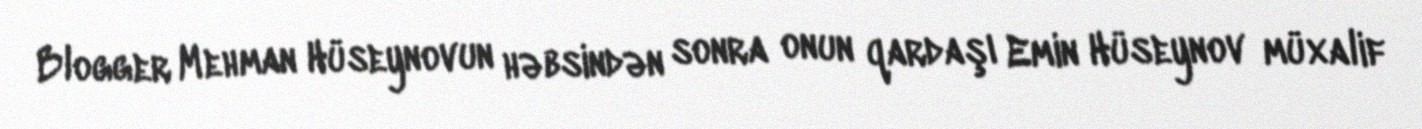
Blogger Mehman Hüseynovun həbsindən sonra onun qardaşı Emin Hüseynov müxalif